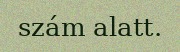
szám alatt.